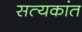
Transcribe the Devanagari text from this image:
सत्यकांत